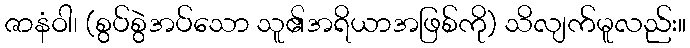
ဇာနံဝါ၊ (စွပ်စွဲအပ်သော သူ၏အရိယာအဖြစ်ကို) သိလျက်မူလည်း။